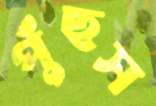
পুঁছস